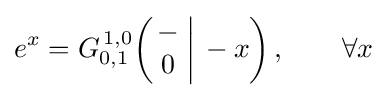
e^{x}=G_{0,1}^{\,1,0}\!\left(\left.{\begin{matrix}-\\0\end{matrix}}\;\right|\,-x\right),\qquad \forall x